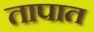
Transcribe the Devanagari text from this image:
तापात